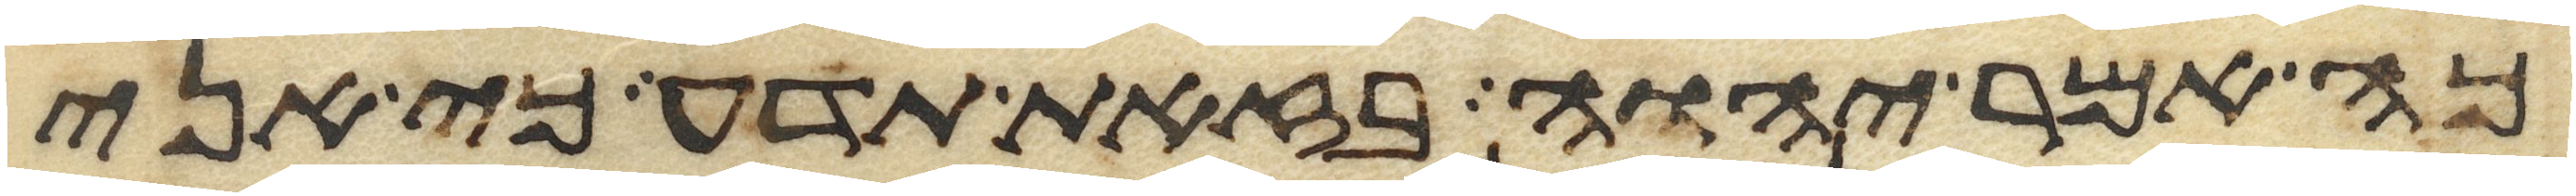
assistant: כה אמר יהוה בזאת תדע כי אני